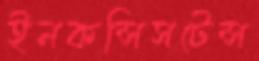
ইনকন্সিসটেন্স